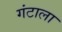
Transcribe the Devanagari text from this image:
गंटाला